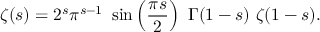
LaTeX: \zeta ( s ) = 2 ^ { s } \pi ^ { s - 1 } \ \sin \left( { \frac { \pi s } { 2 } } \right) \ \Gamma ( 1 - s ) \ \zeta ( 1 - s ) .